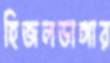
হিজলডাঙ্গার